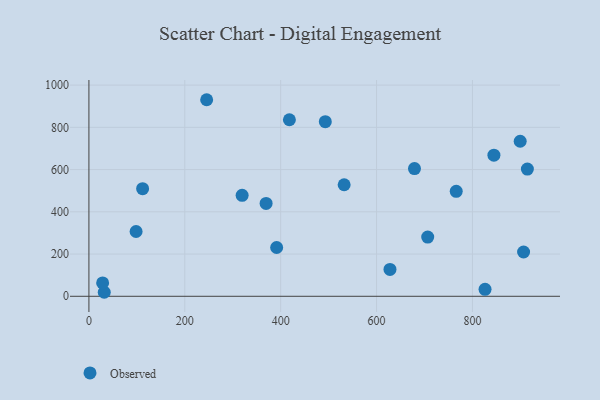
{"axis": {"x": "Engine Size", "y": "Sales"}, "legend": ["Observed"], "data": [{"x": "391.6", "y": 231.0, "type": "Observed"}, {"x": "418.2", "y": 835.8, "type": "Observed"}, {"x": "706.7", "y": 280.5, "type": "Observed"}, {"x": "899.6", "y": 734.1, "type": "Observed"}, {"x": "844.8", "y": 668.2, "type": "Observed"}, {"x": "906.7", "y": 209.8, "type": "Observed"}, {"x": "369.6", "y": 439.7, "type": "Observed"}, {"x": "319.6", "y": 478.0, "type": "Observed"}, {"x": "826.3", "y": 32.9, "type": "Observed"}, {"x": "32.0", "y": 19.0, "type": "Observed"}, {"x": "679.1", "y": 604.7, "type": "Observed"}, {"x": "628.0", "y": 127.2, "type": "Observed"}, {"x": "28.6", "y": 63.4, "type": "Observed"}, {"x": "98.4", "y": 306.7, "type": "Observed"}, {"x": "914.6", "y": 602.5, "type": "Observed"}, {"x": "532.4", "y": 528.0, "type": "Observed"}, {"x": "766.2", "y": 496.9, "type": "Observed"}, {"x": "493.1", "y": 827.0, "type": "Observed"}, {"x": "112.0", "y": 509.5, "type": "Observed"}, {"x": "245.6", "y": 930.7, "type": "Observed"}]}